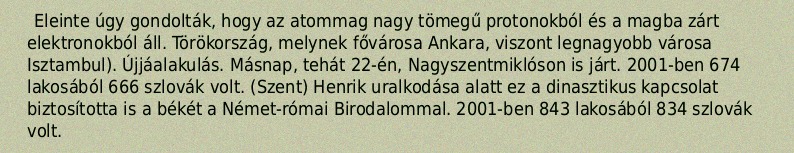
Eleinte úgy gondolták, hogy az atommag nagy tömegű protonokból és a magba zárt elektronokból áll. Törökország, melynek fővárosa Ankara, viszont legnagyobb városa Isztambul). Újjáalakulás. Másnap, tehát 22-én, Nagyszentmiklóson is járt. 2001-ben 674 lakosából 666 szlovák volt. (Szent) Henrik uralkodása alatt ez a dinasztikus kapcsolat biztosította is a békét a Német-római Birodalommal. 2001-ben 843 lakosából 834 szlovák volt.